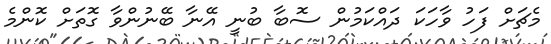
މެޗަށް ފަހު ވާހަކަ ދައްކަމުން ސޮބާ ބުނީ އޭނާ ބޭނުންވާ ގޮތަށް ކޮންމެ